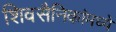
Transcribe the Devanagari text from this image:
शिवसैनिकांमध्ये